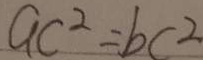
a c ^ { 2 } = b c ^ { 2 }